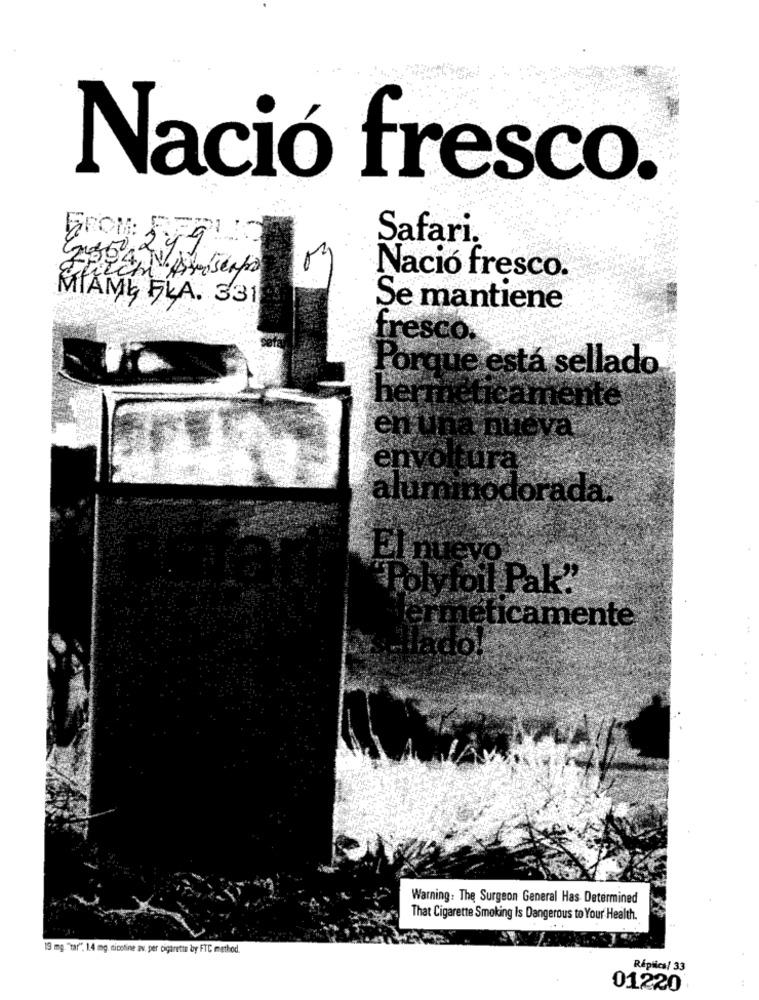
Nació fresco.
PROM: F
50249
Safari,
Nació fresco.
MIAMI FLA. 331
Se mantiene
tresco.
Porque está sellado
hermeticamente
en una nueva
envoltura
aluminodorada
El nuevo
"Polyfoil Pak"
ermeticamente
Hlado!
Warning: The Surgeon General Has Determined
That Cigarette Smoking Is Dangerous to Your Health.
19 mg. "tar". 1.4 mg, nicotine av. per cigarette by FTC method.
Réplica/ 33
01220